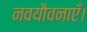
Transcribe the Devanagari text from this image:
नवयौवनाएँ।